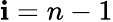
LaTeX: \mathbf{i}=n-1